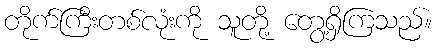
တိုက်ကြီးတစ်လုံးကို သူတို့ တွေ့ရှိကြသည်။